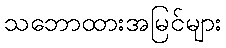
သဘောထားအမြင်များ